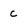
Character: c